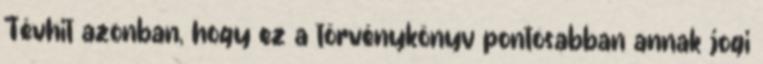
Tévhit azonban, hogy ez a törvénykönyv pontosabban annak jogi